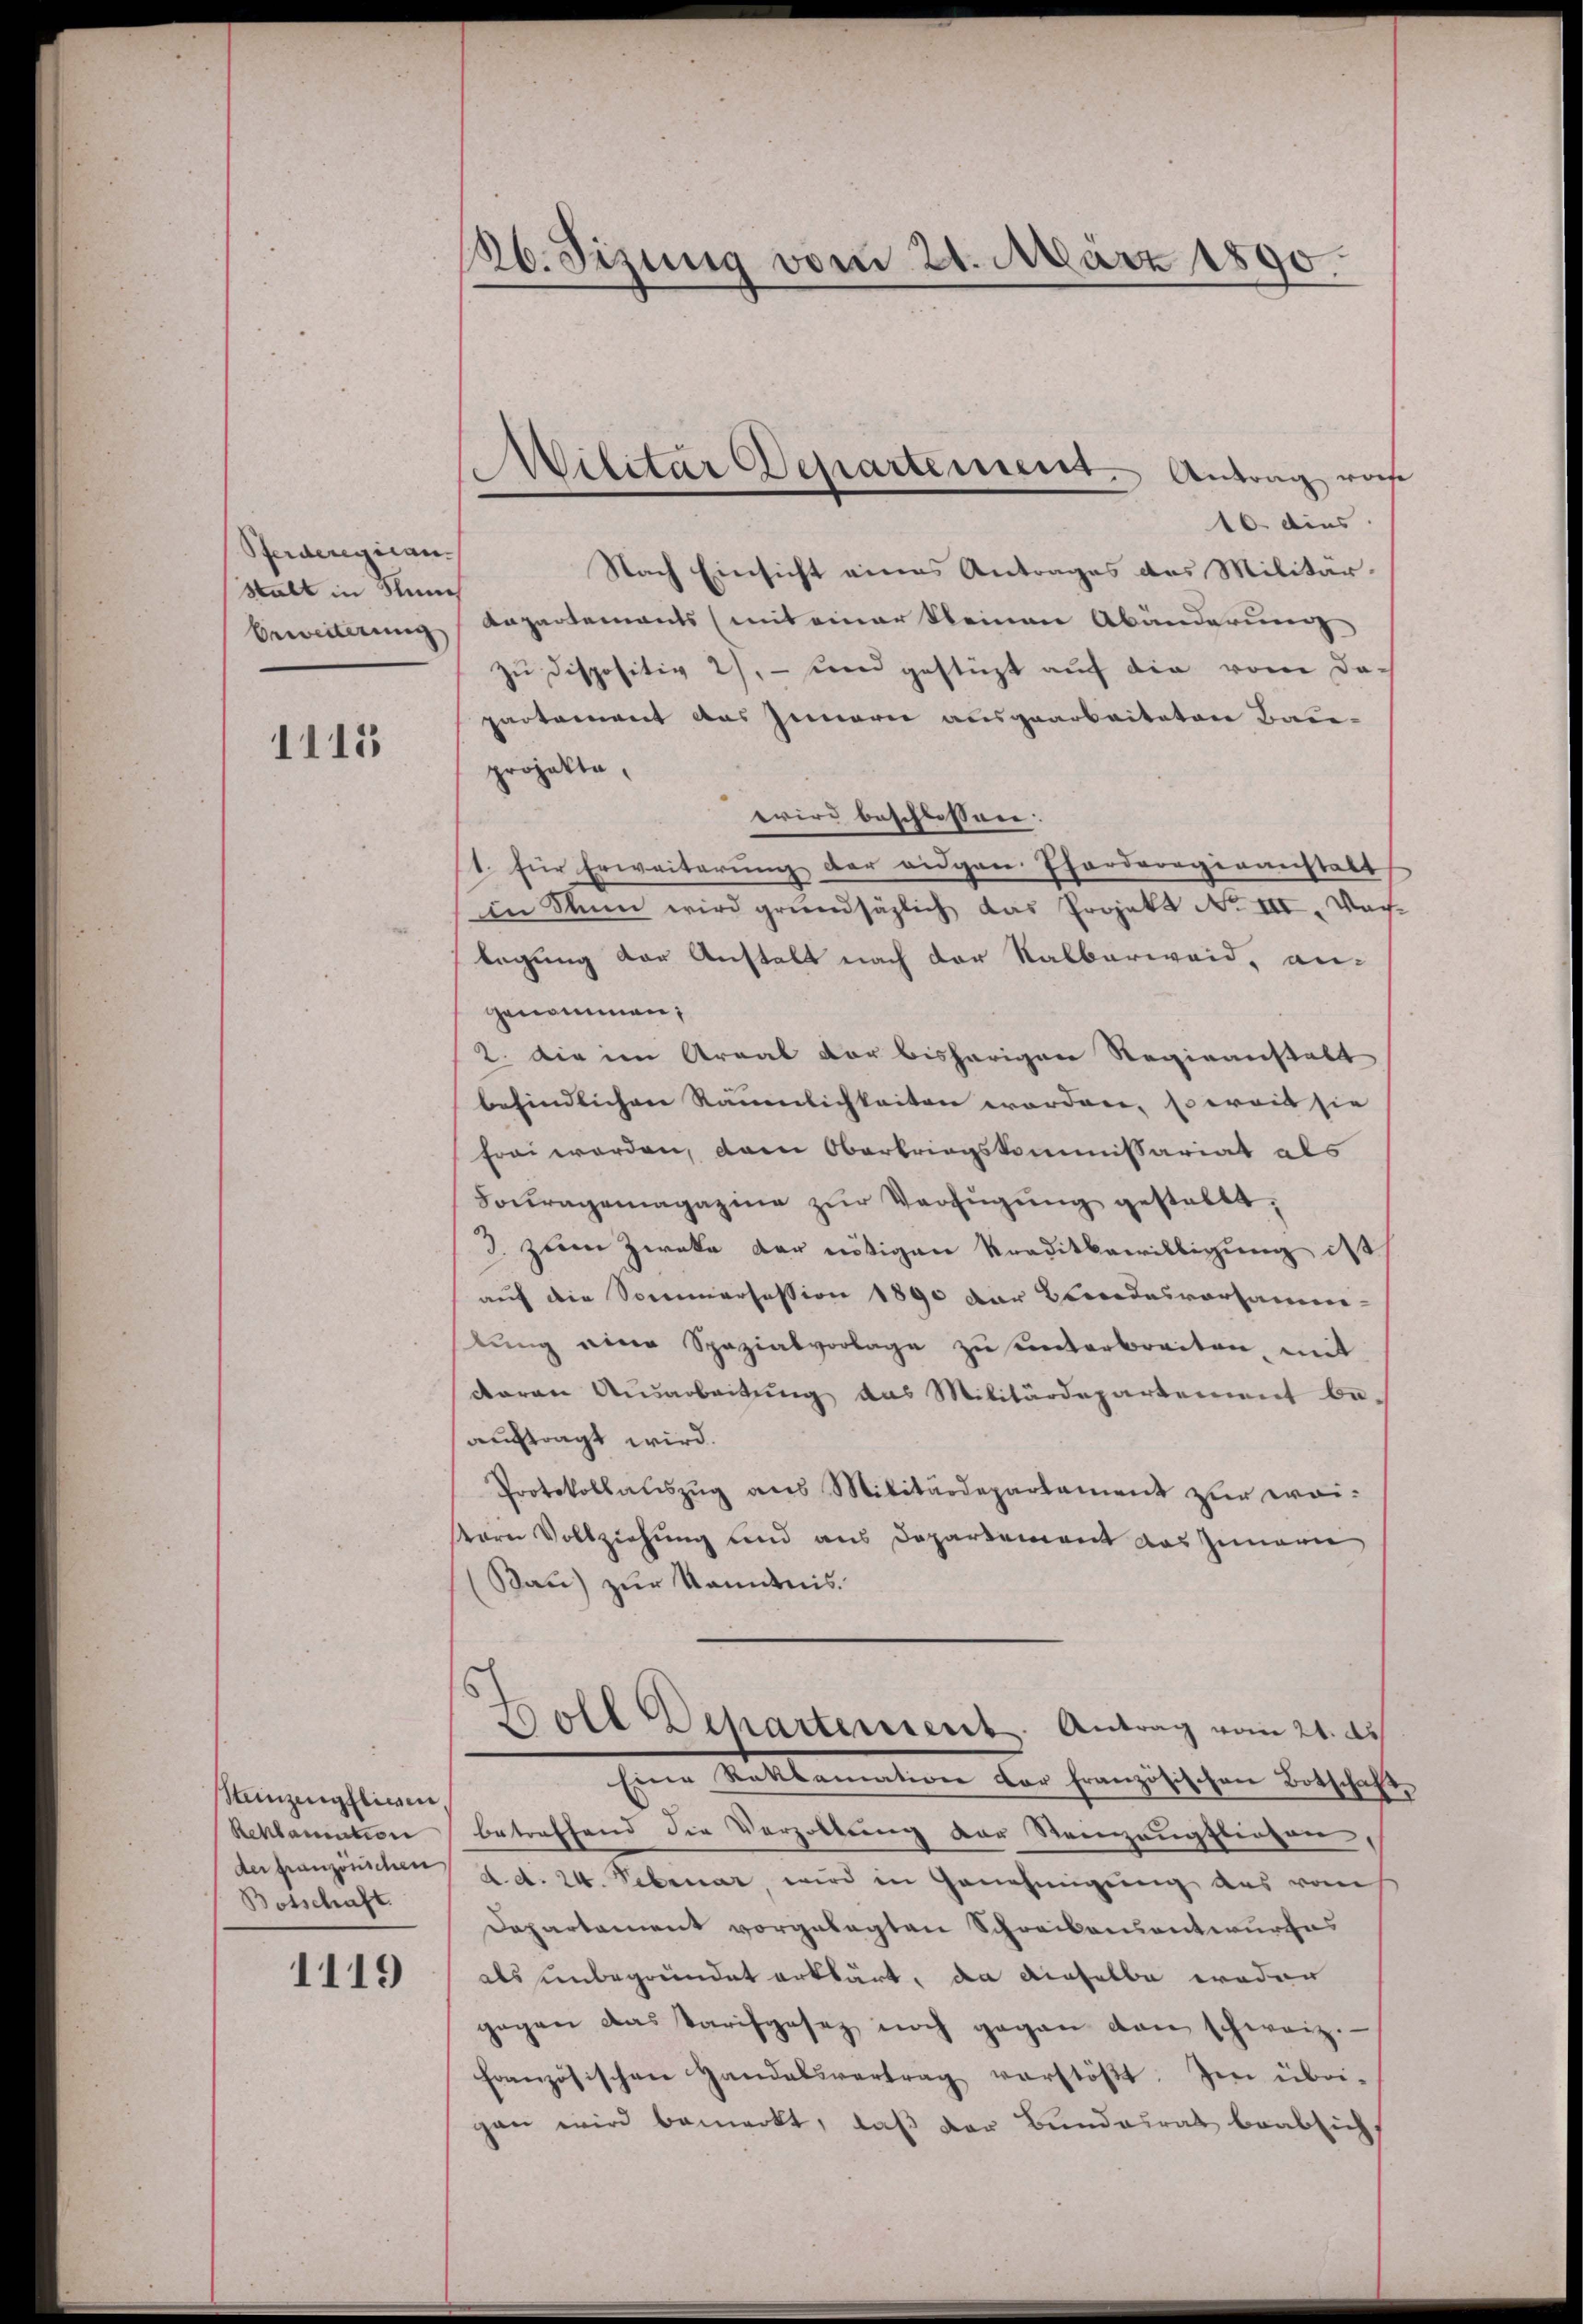
Pferderegican.
stalt in Münch
beweiterung

1115

Steinzengfliegen
Reklamation
der französischen
Botschaft

1119

126. Sizung vom 21. März 1890.

10. dies
Nach Einsicht eines Antrages des Militär¬
Dapartements (mit einer kleinen Abänderung
zu dispositiv 2), - und gestüzt auf die vom da-
partement das Innern ausgearbeiteten Bau-
projekte,
wird beschlossen.
1. für Erweiterung der augen Pforderogenanstalt
in Man wird grundsätzlich das Projekt No III. Nach-
legung der Anstalt nach der Kalberweid, angenommen,
2. Die im Areal vor bisherigen Regieanstalt
befindlichen Räumlichkeiten worden, soweit sie
frei werden, dann Oberbringskommissariat als
Fouragemagazine zŭr Verfügung gestallt;
3. zum Zweke der nötigen Traditbewilligung ist
auf die Sommerfession 1890 der Brandesvorsamm-
lung eine Spazialvorlage zu unterbreiten, mit
daran Ausarbeitung das Militärdepartement be-
auftragt wird.
Protokollauszug aus Militärdepartament zur weisern Vollziehung und aus Departement das Innern
(Bau) zur Kenntnis.
Boll Departement. Antrag vom 21. d.
Eerne Kollementen der Franzischen Betschafts
betreffend die Verzöllung der Steinzeugfliegen,
d. d. 24. Februar wird in Genehmigung aus ros
Departament vorgelegten Schreibensantwurfes
als unbegründet erklärt, da dieselbe weder
gegen das Tarifgasez noch gegen den schweiz.
französischen Handelsvertrag verstöβt. Im übri-
gan wird bemerkt, daß der Bundeirat beabsicht

Militar Departement. Antrag woh